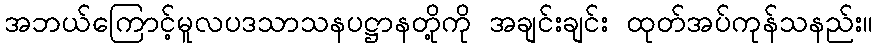
အဘယ်ကြောင့်မူလပဒသာသနပဋ္ဌာနတို့ကို အချင်းချင်း ထုတ်အပ်ကုန်သနည်း။